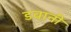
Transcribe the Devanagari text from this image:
डवानी